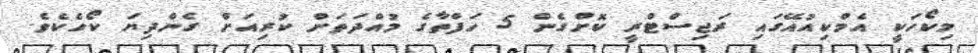
މިކޯހަކީ އެމްކިއުއޭގައި ރަޖިސްޓްރީ ކޮށްގެން 5 ހަފްތާގެ މުއްދަތަށް ކުރިއަށް ގެންދިޔަ ކޯހެކެވެ.